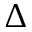
\Delta